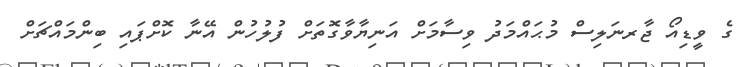
ގެ ވީޑިއޯ ޖާރނަލިސް މުޙައްމަދު ވިސާމަށް އަނިޔާވާގޮތަށް ފުލުހުން އޭނާ ކޮށްޕައި ބިންމައްޗަށް